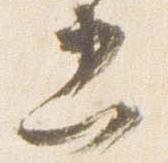
忠